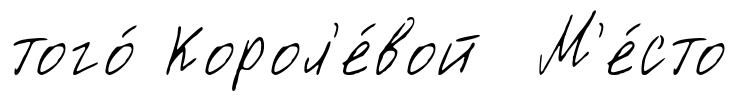
того́ Корол'е́вой М'е́сто